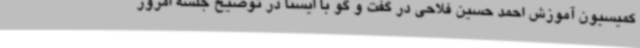
کمیسیون آموزش احمد حسین فلاحی در گفت و گو با ایسنا در توضیح جلسه امروز